画像に写った文字を読んでください
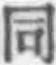
「同」と書いてあります